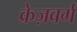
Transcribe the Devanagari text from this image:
क्रेज़बर्ग